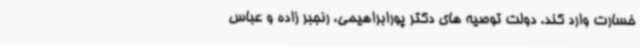
خسارت وارد کند. دولت توصیه های دکتر پورابراهیمی، رنجبر زاده و عباس